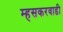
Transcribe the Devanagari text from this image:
म्हसकरवाडी